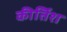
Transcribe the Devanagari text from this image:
कीर्तिश